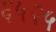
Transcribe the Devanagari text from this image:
६५२५